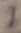
Text: 1